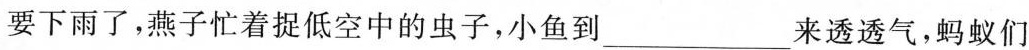
要下雨了，燕子忙着捉低空中的虫子，小鱼到___来透透气，蚂蚁们